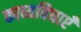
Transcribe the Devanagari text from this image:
काव्यविधाएँ